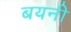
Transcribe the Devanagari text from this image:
बयनी